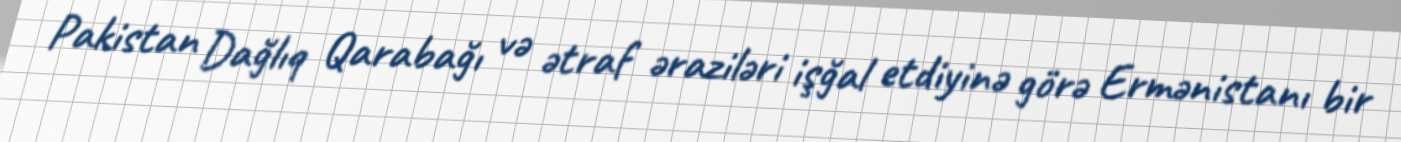
Pakistan Dağlıq Qarabağı və ətraf əraziləri işğal etdiyinə görə Ermənistanı bir